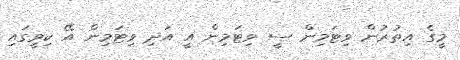
މީގެ އިތުރުން ވިޓަމިން ސީ ވިޓަމިން އީ އަދި ވިޓަމިން އޭ ކިވީގައި